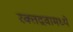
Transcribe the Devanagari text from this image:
रक्तद्रवामध्ये